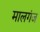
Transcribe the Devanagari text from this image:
मालगंज